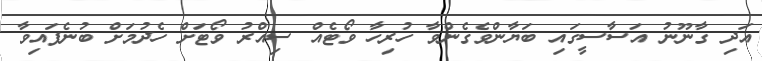
އަދި ގާނޫނު އަސާސީގައި ބަޔާންވެގެންވާ ހުރިހާ ވޯޓެއް ސިއްރު ވޯޓަށް ހެދުމަށް ބުނެފައިވާ